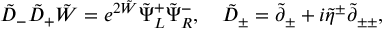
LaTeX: \tilde { D } _ { - } \tilde { D } _ { + } \tilde { W } = e ^ { 2 \tilde { W } } \tilde { \Psi } _ { L } ^ { + } \tilde { \Psi } _ { R } ^ { - } , ~ ~ ~ \tilde { D } _ { \pm } = \tilde { \partial } _ { \pm } + i \tilde { \eta } ^ { \pm } \tilde { \partial } _ { \pm \pm } ,